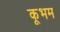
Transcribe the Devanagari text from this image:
कूभम